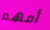
أمهم